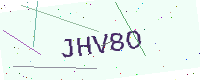
Text: JHV8O